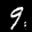
Label: 9